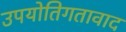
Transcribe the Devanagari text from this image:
उपयोतिगतावाद